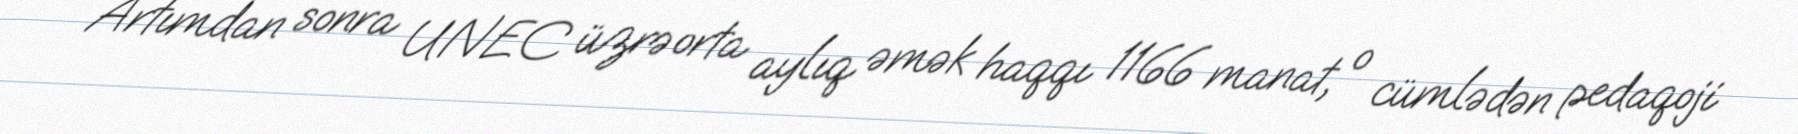
Artımdan sonra UNEC üzrə orta aylıq əmək haqqı 1166 manat, o cümlədən pedaqoji